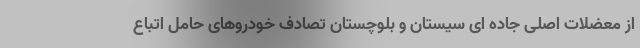
از معضلات اصلی جاده ای سیستان و بلوچستان تصادف خودروهای حامل اتباع